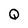
Character: Q